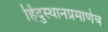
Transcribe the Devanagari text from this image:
हिंदुस्थानप्रमाणेच